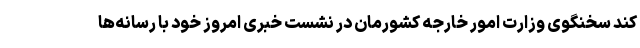
کند سخنگوی وزارت امور خارجه کشورمان در نشست خبری امروز خود با رسانه‌ها